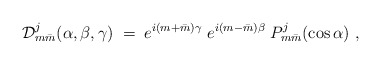
\begin{align*}{\cal D}^j_{m\bar m}(\alpha,\beta,\gamma)\; = \; e^{i(m+\bar m)\gamma}\;e^{i(m-\bar m)\beta}\;P^j_{m\bar m}(\cos\alpha)\ ,\end{align*}